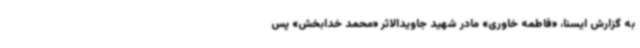
به گزارش ایسنا، «فاطمه خاوری» مادر شهید جاویدالاثر «محمد خدابخش» پس